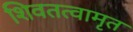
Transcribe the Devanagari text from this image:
शिवतत्वामृत